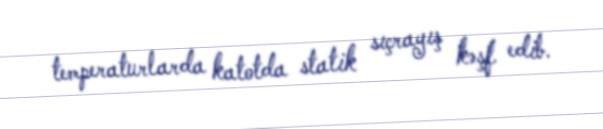
temperaturlarda katotda statik sıçrayış kəşf edib.